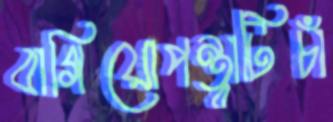
বাগিয়োপন্থাটিচাঁ